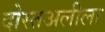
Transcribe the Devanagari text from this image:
दोस्तअलीला